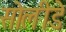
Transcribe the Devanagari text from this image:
सोलीडे